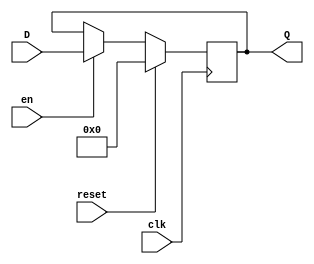
`timescale 1ns / 1ps
//////////////////////////////////////////////////////////////////////////////////
// Company: 
// Engineer: 
// 
// Design Name: 
// Module Name:    Register 
// Project Name: 
// Target Devices: 
// Tool versions: 
// Description: 
//
// Dependencies: 
//
// Revision: 
// Revision 0.01 - File Created
// Additional Comments: 
//
//////////////////////////////////////////////////////////////////////////////////
module Register16(
    input reset,
    input clk,
	input en,
    input [15:0] D,
    output reg [15:0] Q
    );
	
	always@(posedge clk) begin
		if (reset == 1'b1) begin
			Q <= 0;
		end
		else begin
			if (en == 1'b1) begin
				Q <= D;
			end
			else begin
				Q <= Q;
			end
		end
	end


endmodule